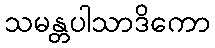
သမန္တပါသာဒိကော